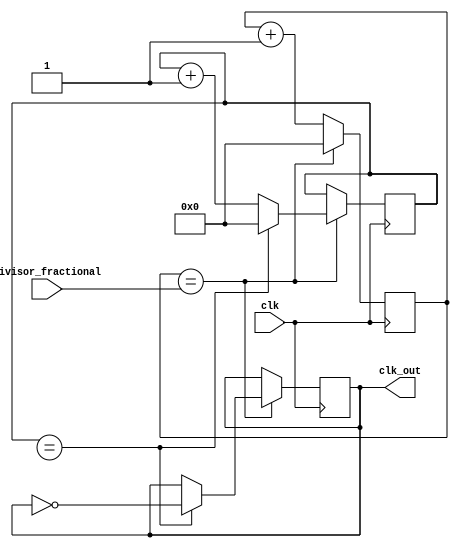
module floating_point_clock_divider (
    input wire clk,
    input wire [31:0] divisor_fractional,
    output reg clk_out
);

reg [31:0] counter;
reg [31:0] count_max;
reg [31:0] fractional_counter;
reg [31:0] fractional_count_max;

always @ (posedge clk) begin
    if (counter == count_max) begin
        counter <= 0;
        fractional_counter <= fractional_counter + 1;
        if (fractional_counter == fractional_count_max) begin
            fractional_counter <= 0;
            clk_out <= ~clk_out;
        end
    end else begin
        counter <= counter + 1;
    end
end

assign count_max = divisor_fractional[31:0];
assign fractional_count_max = divisor_fractional[63:32];

endmodule